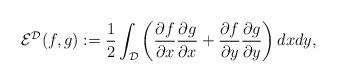
LaTeX: \begin{align*}{\cal E}^{\cal D}(f,g):=\dfrac{1}{2}\int_{\cal D}\left(\dfrac{\partial f}{\partial x}\dfrac{\partial g}{\partial x}+\dfrac{\partial f}{\partial y}\dfrac{\partial g}{\partial y}\right)dxdy,\end{align*}